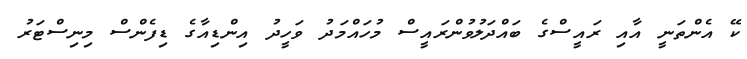
ކޭ އެންތަނީ އާއި ރައީސްގެ ބައްދަލުވުންރައީސް މުހައްމަދު ވަހީދު އިންޑިއާގެ ޑިފެންސް މިނިސްޓަރު